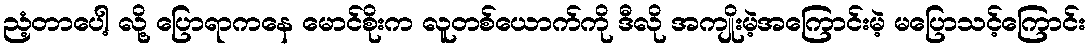
ညံ့တာပေါ့ လို့ ပြောရာကနေ မောင်စိုးက လူတစ်ယောက်ကို ဒီလို အကျိုးမဲ့အကြောင်းမဲ့ မပြောသင့်ကြောင်း